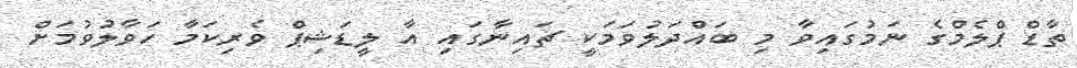
ތާޑް ޕްލެމްގެ ނަމުގައިވާ މި ބައްދަލުވަމަކީ ޗައިނާގައި އާ ލީޑަޝިޕް ވެރިކަމާ ހަވާލުވުމަށް